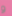
و